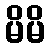
မိမိ